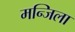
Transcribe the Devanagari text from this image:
मन्जिला